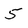
Character: 5